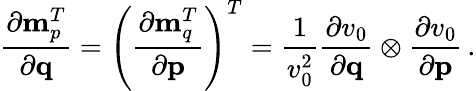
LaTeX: \frac{\partial{\mathbf m}_{p}^{T}}{\partial{\mathbf q}}=\left(\frac{\partial{\mathbf m}_{q}^{T}}{\partial{\mathbf p}}\right)^{T}=\frac{1}{v_{0}^{2}}\frac{\partial v_{0}}{\partial{\mathbf q}}\otimes\frac{\partial v_{0}}{\partial{\mathbf p}}\, .